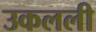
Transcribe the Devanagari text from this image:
उकलली